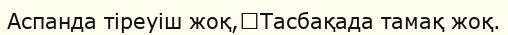
Аспанда тіреуіш жоқ,	Тасбақада тамақ жоқ.